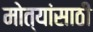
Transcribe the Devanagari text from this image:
मोत्यांसाठी